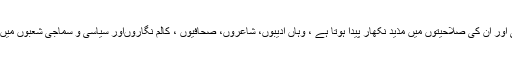
بلاشبہ اس قسم کی تقاریب سے جہاں بہترین خدمات سرانجام دینے والے افراد کی حوصلہ افزائی اور ان کی صلاحیتوں میں مذید نکھار پیدا ہوتا ہے ، وہاں ادیبوں، شاعروں، صحافیوں ، کالم نگاروںاور سیاسی و سماجی شعبوں میں خدمات سرانجام دینے والے افراد کو مل بیٹھنے ، سکھانے اور سیکھنے کا موقع میسر آتا ہے ۔